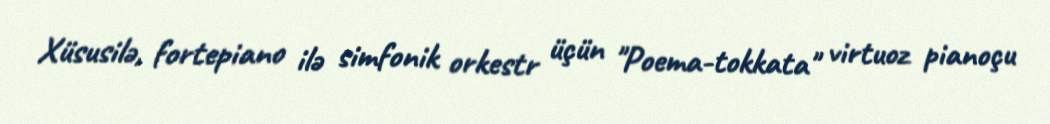
Xüsusilə, fortepiano ilə simfonik orkestr üçün "Poema-tokkata" virtuoz pianoçu